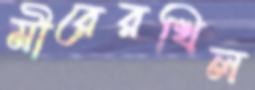
মীরেরখিল